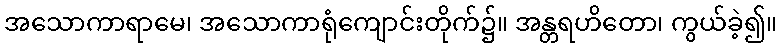
အသောကာရာမေ၊ အသောကာရုံကျောင်းတိုက်၌။ အန္တရဟိတော၊ ကွယ်ခဲ့၍။